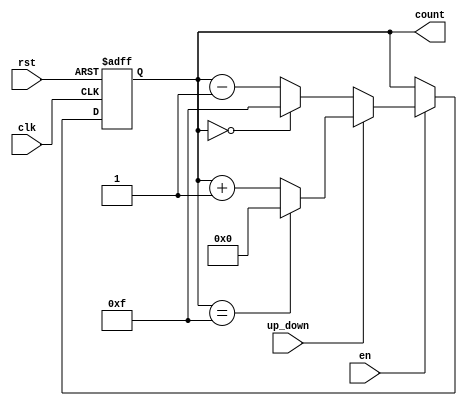
module up_down_counter (
    input wire clk,          // Clock signal
    input wire rst,          // Asynchronous reset
    input wire en,           // Enable signal
    input wire up_down,      // Up/Down control signal
    output reg [N-1:0] count // Count output
);
    parameter N = 4; // Define the bit-width of the counter (adjust as needed)

    // Asynchronous reset and counting logic
    always @(posedge clk or posedge rst) begin
        if (rst) begin
            count <= 0; // Reset the counter to zero
        end else if (en) begin
            if (up_down) begin
                // Count up
                if (count == (2**N - 1)) begin
                    count <= 0; // Wrap around to zero on overflow
                end else begin
                    count <= count + 1; // Increment count
                end
            end else begin
                // Count down
                if (count == 0) begin
                    count <= (2**N - 1); // Wrap around to max value on underflow
                end else begin
                    count <= count - 1; // Decrement count
                end
            end
        end
    end
endmodule